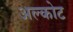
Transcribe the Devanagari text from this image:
अल्कोट